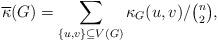
LaTeX: \begin{align*}\overline{\kappa}(G)=\displaystyle\sum_{\{u,v\}\subseteq V(G)} \kappa_G(u,v)/\tbinom{n}{2},\end{align*}